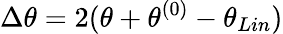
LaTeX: \Delta\theta=2(\theta+\theta^{(0)}-\theta_{Lin})